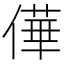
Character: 𠎑